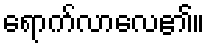
ရောက်လာလေ၏။